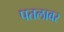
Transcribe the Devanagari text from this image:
पतलावर